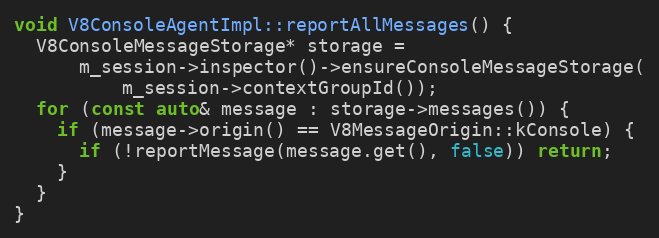
Language: C++
void V8ConsoleAgentImpl::reportAllMessages() {
  V8ConsoleMessageStorage* storage =
      m_session->inspector()->ensureConsoleMessageStorage(
          m_session->contextGroupId());
  for (const auto& message : storage->messages()) {
    if (message->origin() == V8MessageOrigin::kConsole) {
      if (!reportMessage(message.get(), false)) return;
    }
  }
}